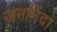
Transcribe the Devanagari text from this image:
जननिंदा